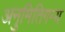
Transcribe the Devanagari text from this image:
अनुमितिगम्य